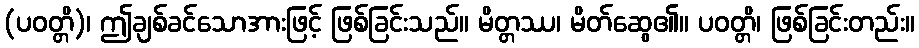
(ပဝတ္တိ)၊ ဤချစ်ခင်သောအားဖြင့် ဖြစ်ခြင်းသည်။ မိတ္တဿ၊ မိတ်ဆွေ၏။ ပဝတ္တိ၊ ဖြစ်ခြင်းတည်း။